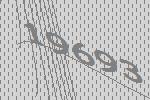
19693